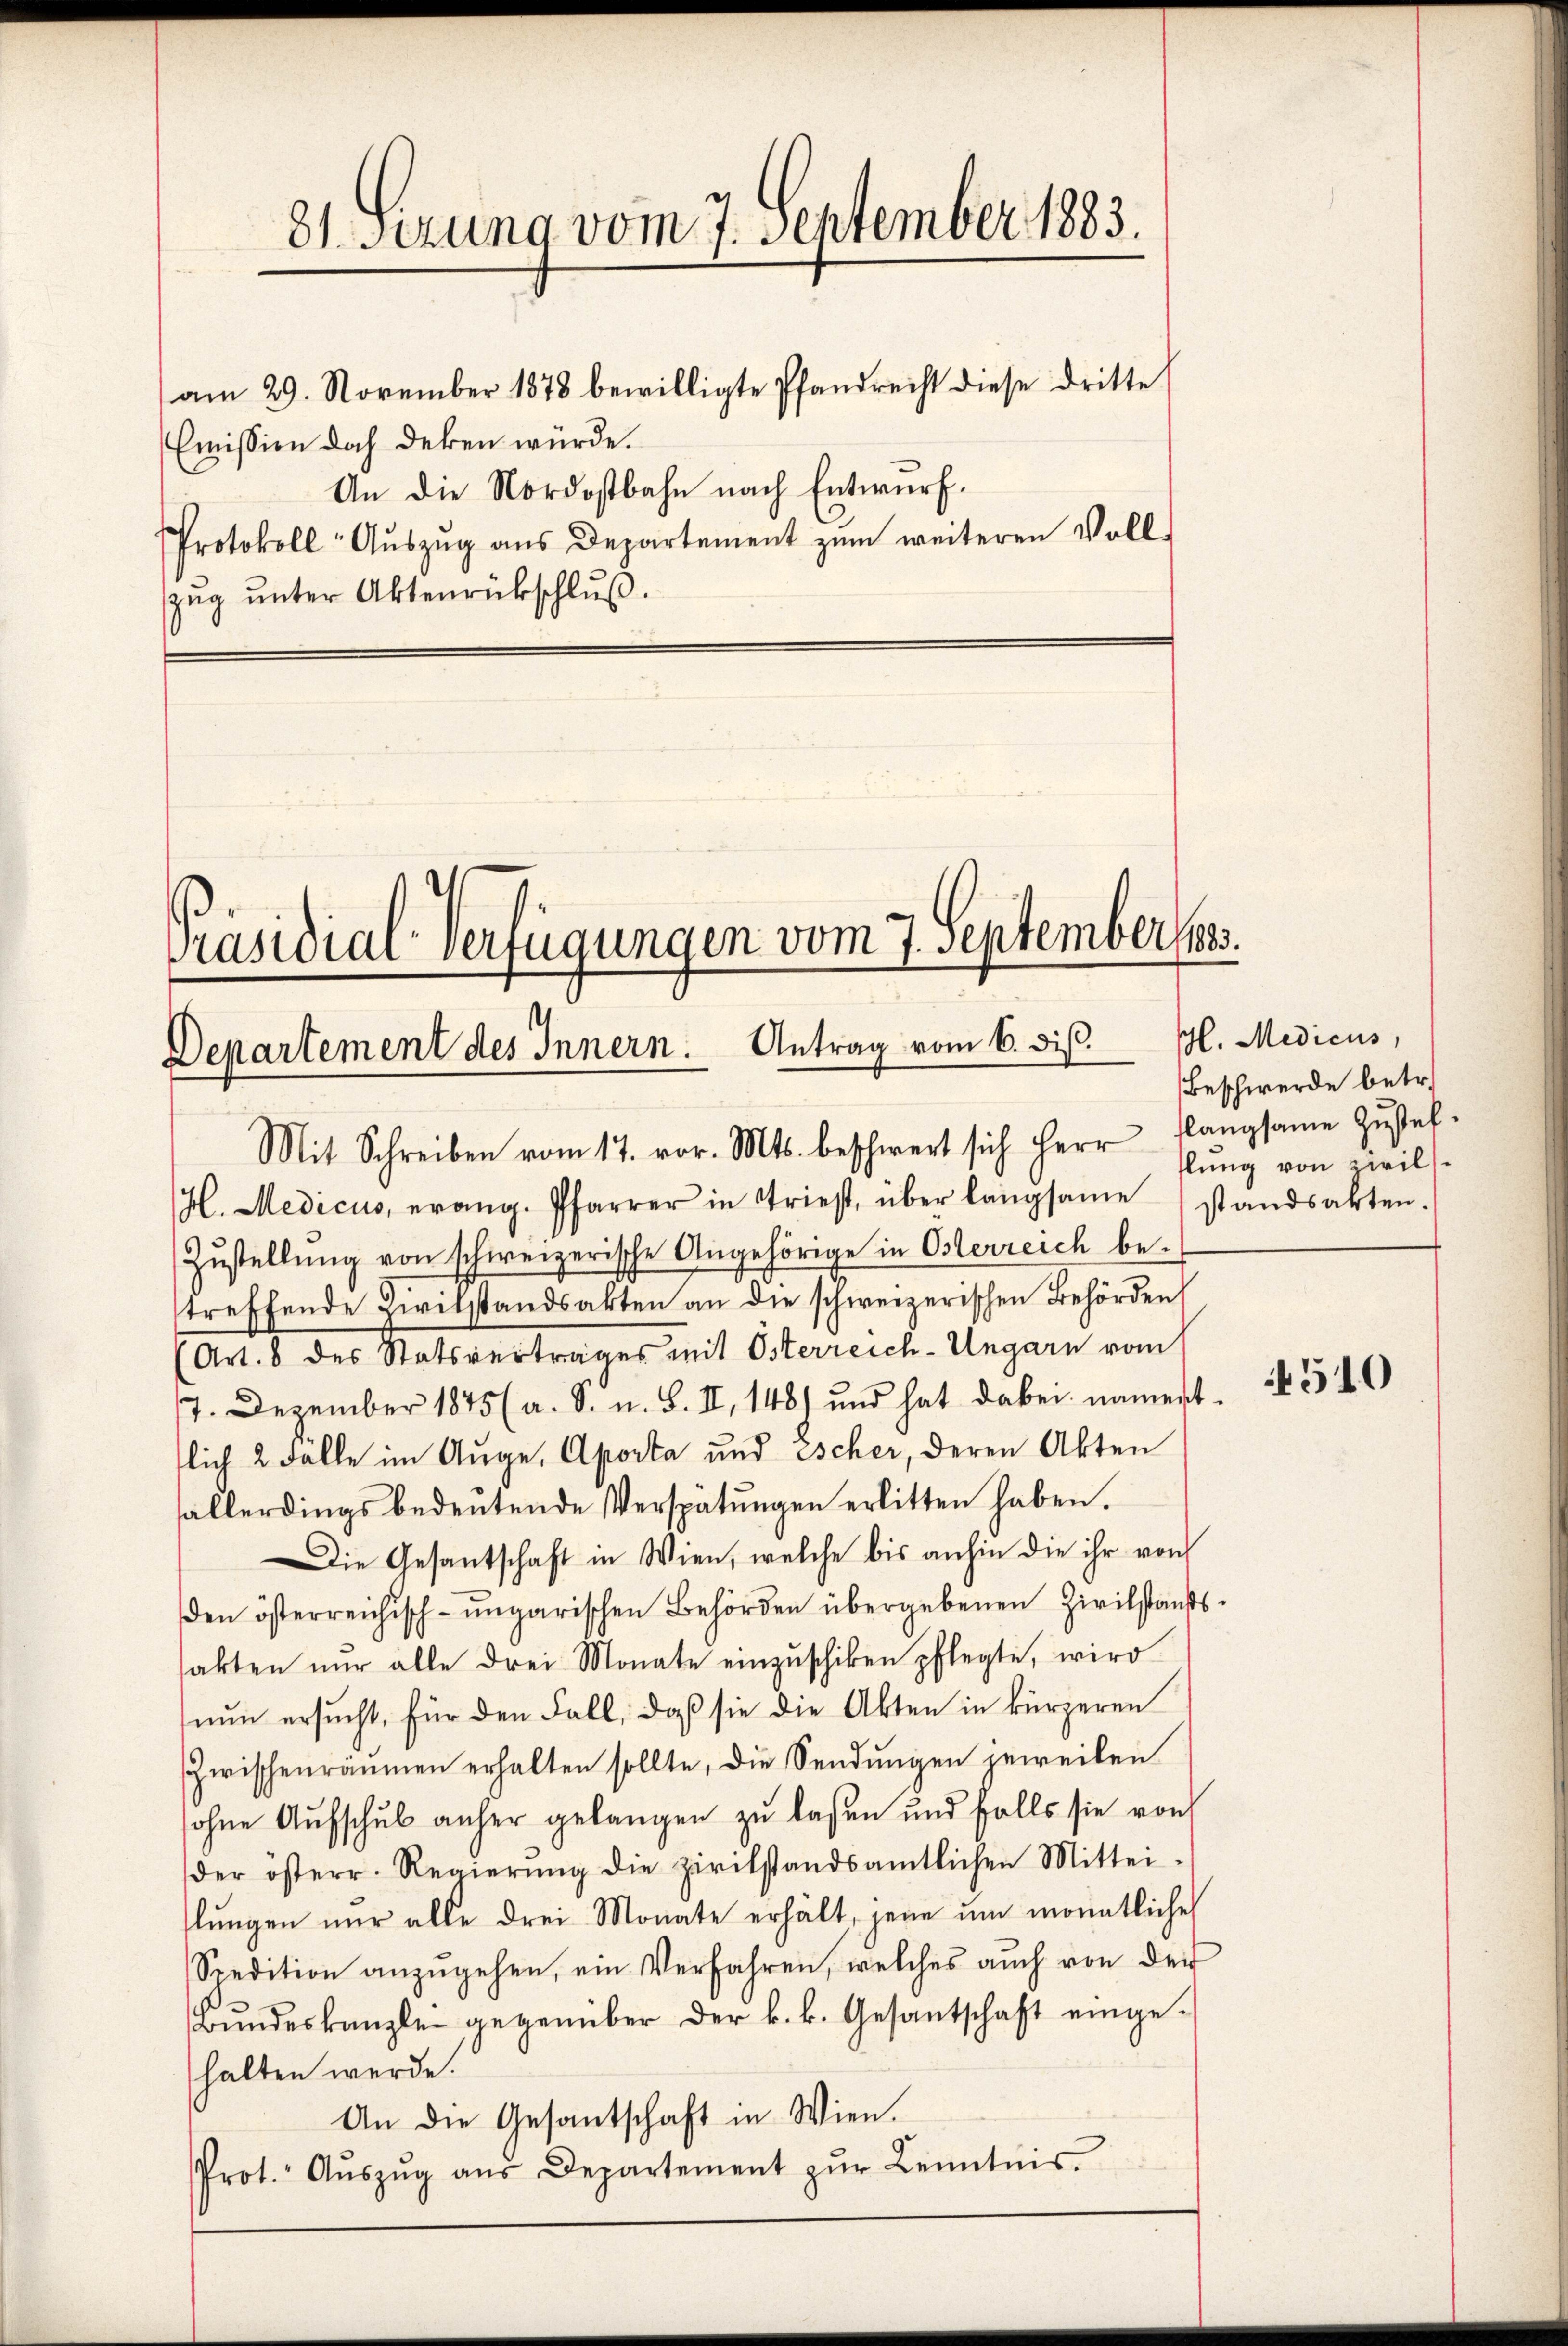
Emission doch deken würde.
An die Nordostbahn nach Entwurf.
Protokoll- Aŭszŭg ans Departement zŭm weiteren Voll-
zug unter Aktenrückschluß.

81 sezung vom 7. September 1883.

am 29. November 1878 bewilligte Pfandrecht diese dritte

Präsidial-Verfügungen vom 7. September 1883.
Departement des Innern. Antrag vom 6. dis H. Medicus,
Mit Schreiben vom 17. vor. Mts. beschwert sich Herr Plangsame Zŭstel-
H. Medicus, evang. Pfarrer in Triest, über langsame standsakten.
Zustellŭng von schweizerische Angehörige in Osterreich be-

treffende Zivilstandsakten an die schweizerischen Behörden
(Art. 8 des Statsvertrages mit Osterreich-Ungarn vom
17. Dezember 1875 (a. S. u. S. II, 148) und hat dabei nament
flich 2 Fälle im Auge, Aposta und Escher, deren Akten
sallerdings bedeŭtende Verspätungen erlitten haben.
Die Gesantschaft in Wien, welche bis anhin die ihr von
en österreichisch-ungarischen Behörden übergebenen Zivilstandssakten nŭr alle drei Monate einzŭschiken pflegte, wird
nŭn ersŭcht, für den Fall, daß sie die Akten in kürzeren
Zwischenräumen erhalten sollte, die Sendungen jeweilen
sohne Aufschub anher gelangen zu laßen und falls sie von
der österr. Regierŭng die zivilstandsamtlichen Mittei-
lŭngen nŭr alle drei Monate erhält, jene ŭm monatliche
Spedition anzŭgehen, ein Verfahren, welches auch von der
Bundeskanzle gegenüber der k. k. Gesantschaft eingehalten werde.
An die Gesantschaft in Wien.
Prot. Aŭszŭg aŭs Departement zŭr Kenntnis.

Beschwerde betr.
lung von zwils.

4510